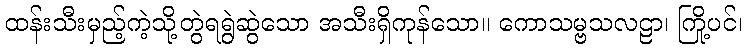
ထန်းသီးမှည့်ကဲ့သို့တွဲရရွဲဆွဲသော အသီးရှိကုန်သော။ ကောသမ္ဗသလဠာ၊ ကြို့ပင်၊